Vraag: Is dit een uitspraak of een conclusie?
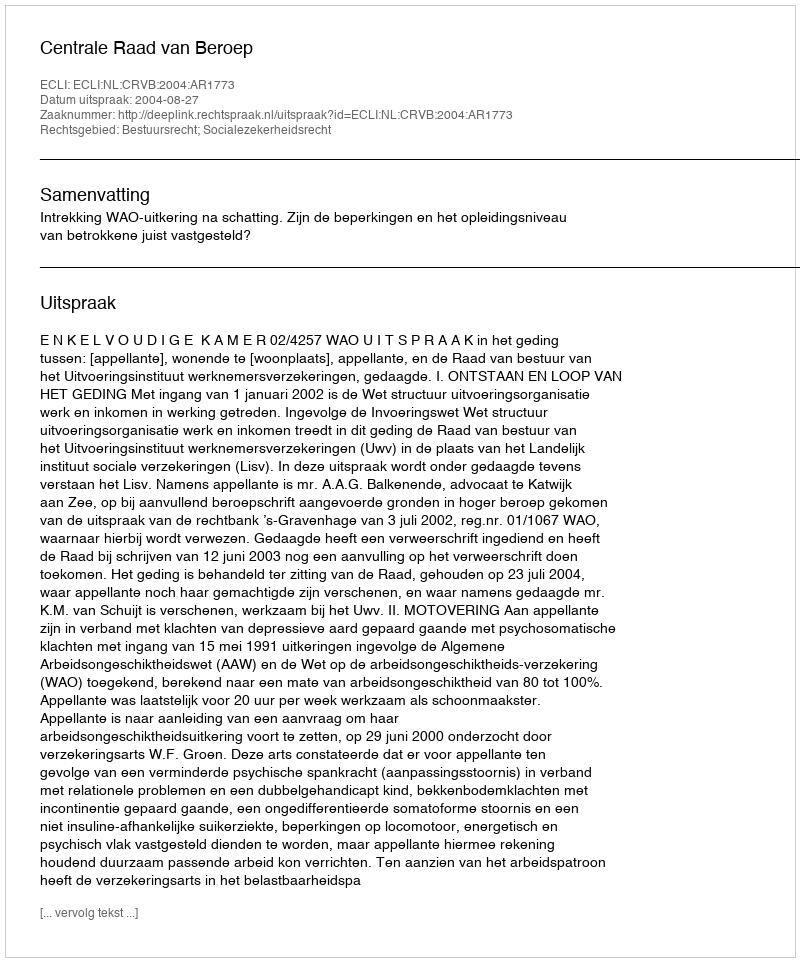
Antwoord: Uitspraak